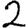
Digit: 2